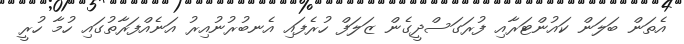
އެތަން ބަލަން ކައުންޓަރާއި ފުރަގަސްދީގެން ޒަލަފް ހުރެފައި އެނބުރުނުއިރު އަނެއްފަރާތުގައި ހުމާ ހުރީ